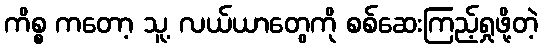
ကိစ္စ ကတော့ သူ့ လယ်ယာတွေကို စစ်ဆေးကြည့်ရှုဖို့တဲ့